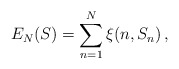
\begin{align*}E_N(S) = \sum_{n = 1}^N \xi(n,S_n)\,,\end{align*}